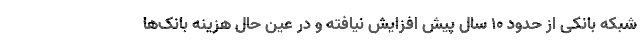
شبکه بانکی از حدود ۱۰ سال پیش افزایش نیافته و در عین حال هزینه بانک‌ها